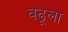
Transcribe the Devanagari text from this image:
वढूला